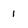
Character: 1